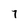
Character: 7